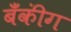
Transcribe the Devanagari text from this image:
बॅँकींग